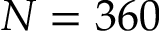
N = 3 6 0